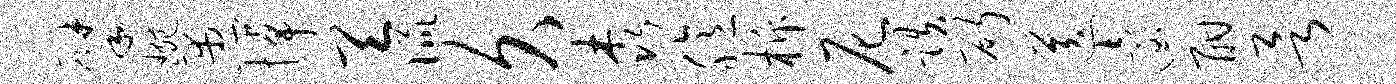
擘琬愚悼天侃久森臆柝尼跌斫送迨酣欲